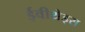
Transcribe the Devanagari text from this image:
ईवीथ्रेड्स